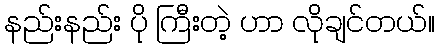
နည်းနည်း ပို ကြီးတဲ့ ဟာ လိုချင်တယ်။